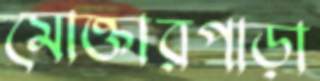
মোক্তারপাড়া